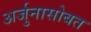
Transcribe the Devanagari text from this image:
अर्जुनासोबत